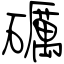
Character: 礪